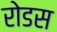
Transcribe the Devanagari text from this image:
रोडस